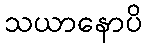
သယာနောပိ